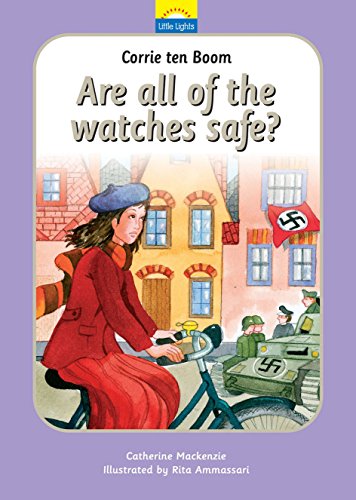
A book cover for Corrie Ten Boom: Are all of the watches safe? (Little Lights); Catherine MacKenzie; Children's Books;